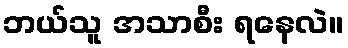
ဘယ်သူ အသာစီး ရနေလဲ။